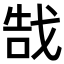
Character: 𫻵